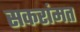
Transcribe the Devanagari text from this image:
सकरांमत